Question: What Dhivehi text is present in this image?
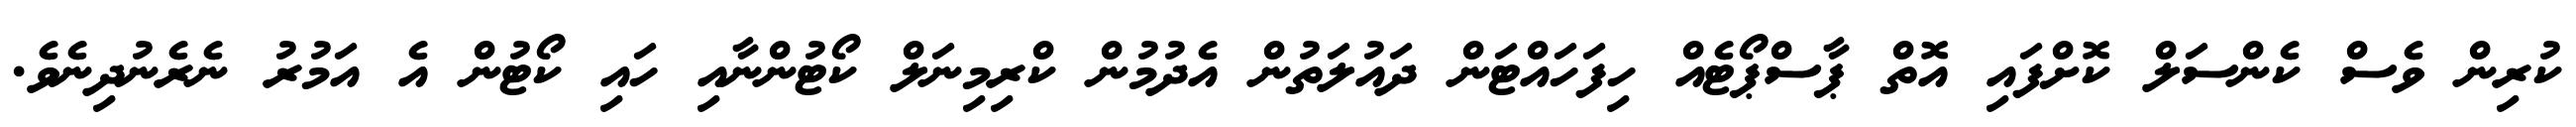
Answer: ކުރިން ވެސް ކެންސަލް ކޮށްފައި އޮތް ޕާސްޕޯޓެއް ހިފަހައްޓަން ދައުލަތުން އެދުމުން ކްރިމިނަލް ކޯޓުންނާއި ހައި ކޯޓުން އެ އަމުރު ނެރެނުދިނެވެ.